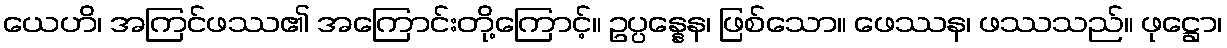
ယေဟိ၊ အကြင်ဖဿ၏ အကြောင်းတို့ကြောင့်။ ဥပ္ပန္နေန၊ ဖြစ်သော။ ဖေဿန၊ ဖဿသည်။ ဖုဋ္ဌော၊